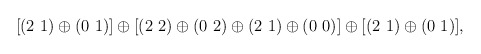
\begin{align*}[(2~1) \oplus (0~1)] \oplus [(2~2) \oplus (0~2) \oplus (2~1) \oplus (0~0)] \oplus [(2~1) \oplus (0~1)],\end{align*}